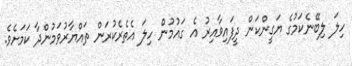
ހިލަ ލިބޭނެކަމުގެ ޔަގީންކަން ދީފައިވާއިރު އެ ގައުމުން ހިލަ އެތެރެކުރަން ތައްޔާރުވަމުންދާ ކަމަށެވެ.